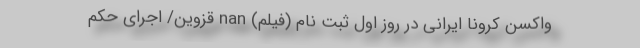
واکسن کرونا ایرانی در روز اول ثبت نام (فیلم) nan قزوین/ اجرای حکم